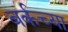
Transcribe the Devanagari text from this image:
बर्कच्या